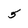
Character: 5